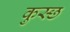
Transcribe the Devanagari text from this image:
कुस्छ